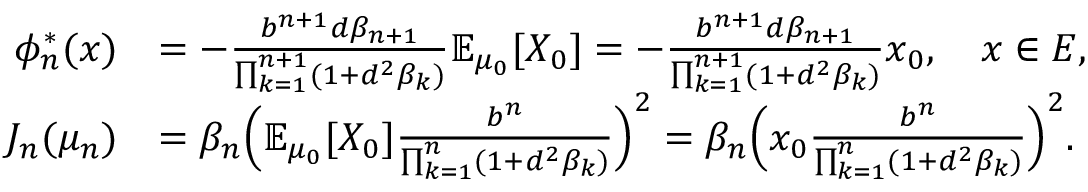
\begin{array} { r l } { \phi _ { n } ^ { * } ( x ) } & { = - \frac { b ^ { n + 1 } d \beta _ { n + 1 } } { \prod _ { k = 1 } ^ { n + 1 } ( 1 + d ^ { 2 } \beta _ { k } ) } \mathbb { E } _ { \mu _ { 0 } } [ X _ { 0 } ] = - \frac { b ^ { n + 1 } d \beta _ { n + 1 } } { \prod _ { k = 1 } ^ { n + 1 } ( 1 + d ^ { 2 } \beta _ { k } ) } x _ { 0 } , \quad x \in E , } \\ { J _ { n } ( \mu _ { n } ) } & { = \beta _ { n } \Big ( \mathbb { E } _ { \mu _ { 0 } } [ X _ { 0 } ] \frac { b ^ { n } } { \prod _ { k = 1 } ^ { n } ( 1 + d ^ { 2 } \beta _ { k } ) } \Big ) ^ { 2 } = \beta _ { n } \Big ( x _ { 0 } \frac { b ^ { n } } { \prod _ { k = 1 } ^ { n } ( 1 + d ^ { 2 } \beta _ { k } ) } \Big ) ^ { 2 } . } \end{array}